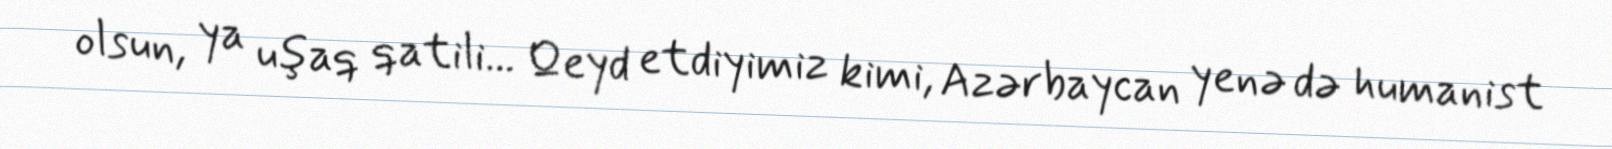
olsun, ya uşaq qatili... Qeyd etdiyimiz kimi, Azərbaycan yenə də humanist